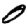
Digit: 0